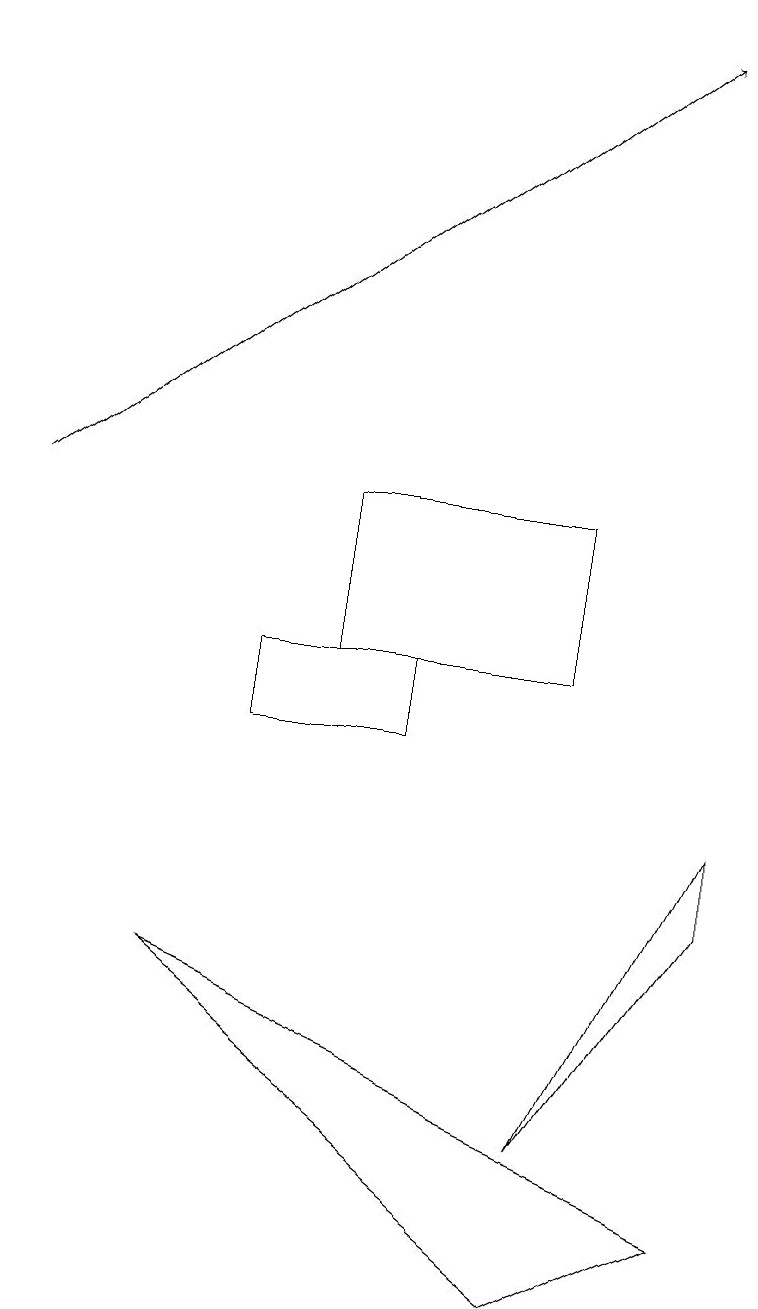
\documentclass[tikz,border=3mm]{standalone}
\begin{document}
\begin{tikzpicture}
\draw (4,11) rectangle (7,13);
\draw (9,9) -- (7,5) -- (9,8) -- cycle;
\draw[->] (0,13) -- (8,19);
\draw (7,3) -- (9,4) -- (2,7) -- cycle;
\draw (5,10) rectangle (3,11);
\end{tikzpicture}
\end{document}